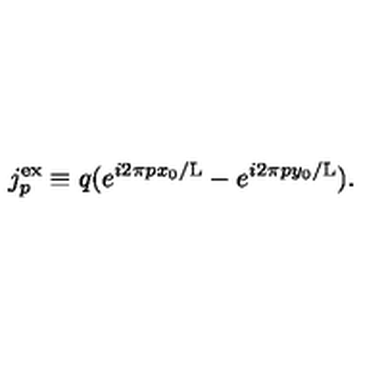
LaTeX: j _ { p } ^ { \mathrm { e x } } \equiv q ( e ^ { i 2 \pi p x _ { 0 } / \mathrm { L } } - e ^ { i 2 \pi p y _ { 0 } / \mathrm { L } } ) .